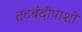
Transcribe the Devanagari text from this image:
तटबंदीपाशी